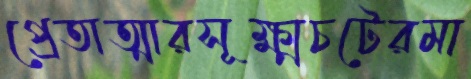
প্রেতাত্মারসূক্ষ্মচটেরমা